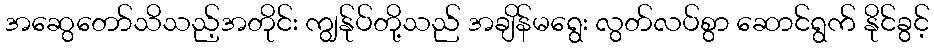
အဆွေတော်သိသည့်အတိုင်း ကျွန်ုပ်တို့သည် အချိန်မရွေး လွတ်လပ်စွာ ဆောင်ရွက် နိုင်ခွင့်